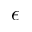
\epsilon